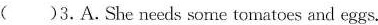
( )3.A.She needs some tomatoes and eggs.